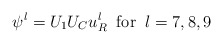
\begin{align*}\psi^{l} = U_{1} U_{C} u_{R}^{l} \; \; {\rm for} \; \; l =7, 8, 9\end{align*}